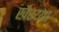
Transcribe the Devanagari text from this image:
खैरय्या